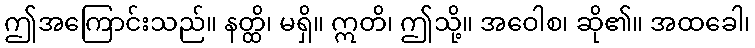
ဤအကြောင်းသည်။ နတ္ထိ၊ မရှိ။ ဣတိ၊ ဤသို့။ အဝေါစ၊ ဆို၏။ အထခေါ၊